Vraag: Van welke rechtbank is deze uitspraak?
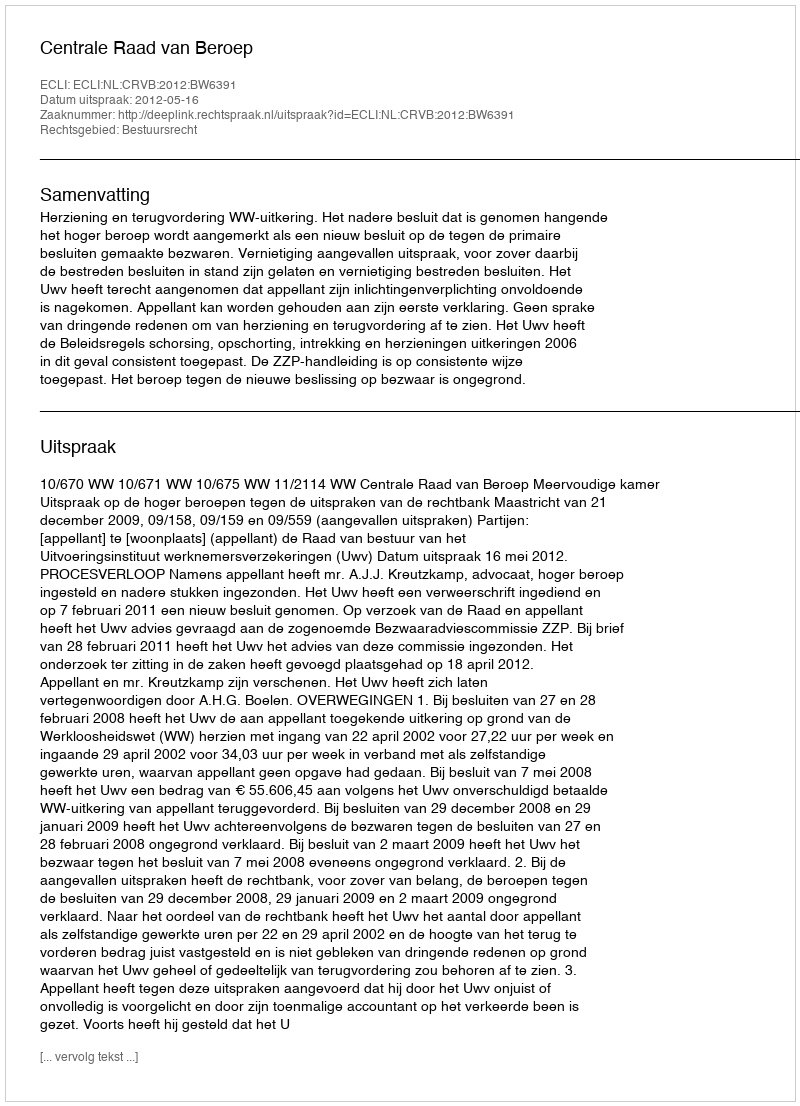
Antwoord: Centrale Raad van Beroep